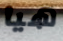
هيا